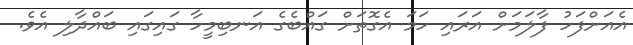
އެއަށްފަހު ފާލަމަށް އަރައި ހަމަ އެގޮތަށް ގައްބެގެ އަނބިމީހާ ގައިގައި ބައްދާލި އެވެ.